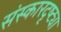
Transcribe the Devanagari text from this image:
संस्कारदृष्ट्या